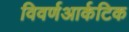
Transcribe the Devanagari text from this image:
विवर्णआर्कटिक